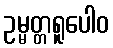
ဥမ္မတ္တရူပေါဝ